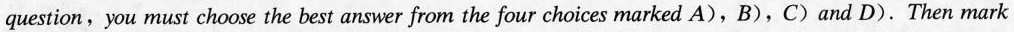
question,you must choose the best answer from the four choices marked A),B),C)and D). Then mark